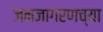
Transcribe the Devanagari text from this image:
जनजागरणच्या